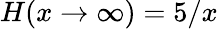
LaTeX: H(x\to\infty)=5/x